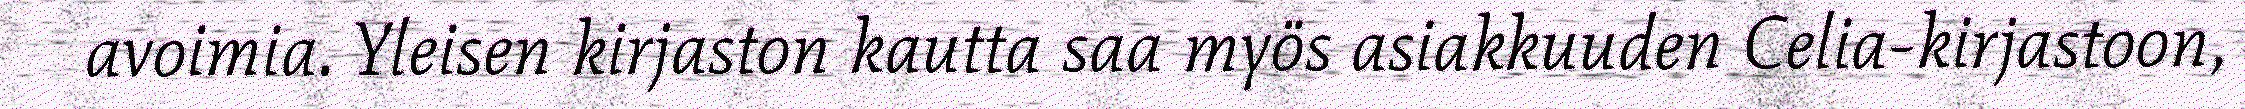
avoimia. Yleisen kirjaston kautta saa myös asiakkuuden Celia-kirjastoon,